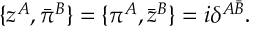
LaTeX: \{ z ^ { A } , \bar { \pi } ^ { B } \} = \{ \pi ^ { A } , \bar { z } ^ { B } \} = i \delta ^ { A \bar { B } } .